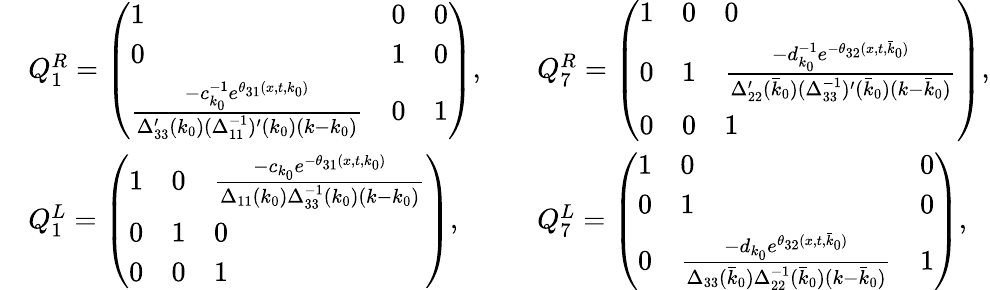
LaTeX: \begin{array}{rlrl}&{Q_{1}^{R}=\left(\begin{array}{lll}{1}&{0}&{0}\\ {0}&{1}&{0}\\ {\frac{-c_{k_{0}}^{-1}e^{\theta_{31}(x,t,k_{0})}}{\Delta_{33}^{\prime}(k_{0})(\Delta_{11}^{-1})^{\prime}(k_{0})(k-k_{0})}}&{0}&{1}\end{array}\right),}&&{Q_{7}^{R}=\left(\begin{array}{lll}{1}&{0}&{0}\\ {0}&{1}&{\frac{-d_{k_{0}}^{-1}e^{-\theta_{32}(x,t,\bar{k}_{0})}}{\Delta_{22}^{\prime}(\bar{k}_{0})(\Delta_{33}^{-1})^{\prime}(\bar{k}_{0})(k-\bar{k}_{0})}}\\ {0}&{0}&{1}\end{array}\right),}\\ &{Q_{1}^{L}=\left(\begin{array}{lll}{1}&{0}&{\frac{-c_{k_{0}}e^{-\theta_{31}(x,t,k_{0})}}{\Delta_{11}(k_{0})\Delta_{33}^{-1}(k_{0})(k-k_{0})}}\\ {0}&{1}&{0}\\ {0}&{0}&{1}\end{array}\right),}&&{Q_{7}^{L}=\left(\begin{array}{lll}{1}&{0}&{0}\\ {0}&{1}&{0}\\ {0}&{\frac{-d_{k_{0}}e^{\theta_{32}(x,t,\bar{k}_{0})}}{\Delta_{33}(\bar{k}_{0})\Delta_{22}^{-1}(\bar{k}_{0})(k-\bar{k}_{0})}}&{1}\end{array}\right),}\end{array}